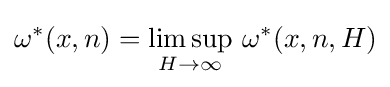
\omega ^{*}(x,n)=\limsup _{H\to \infty }\,\omega ^{*}(x,n,H)